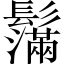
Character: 𩯮